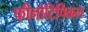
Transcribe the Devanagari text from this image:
फीनोटिपिकल